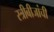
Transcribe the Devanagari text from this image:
स्त्रीबीजांची